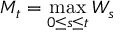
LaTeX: M _ { t } = \operatorname* { m a x } _ { 0 \leq s \leq t } W _ { s }